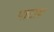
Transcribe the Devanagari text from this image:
पाटाव